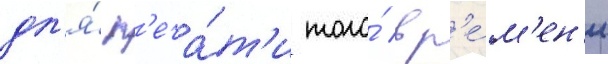
дл'я́ п'еча́т'и того́ вр'е́м'ен'и